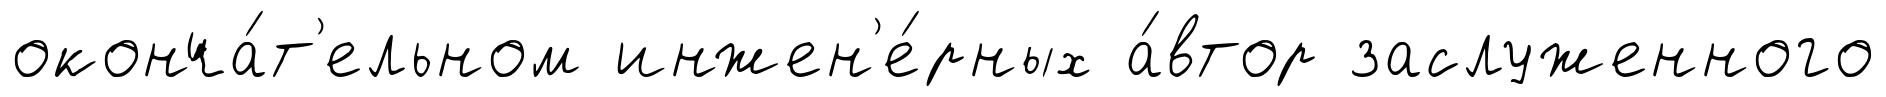
оконча́т'ельном инжен'е́рных а́втор заслуженного